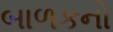
બાળકનો